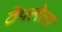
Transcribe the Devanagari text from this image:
ठेपलेला